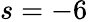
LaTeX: s=-6